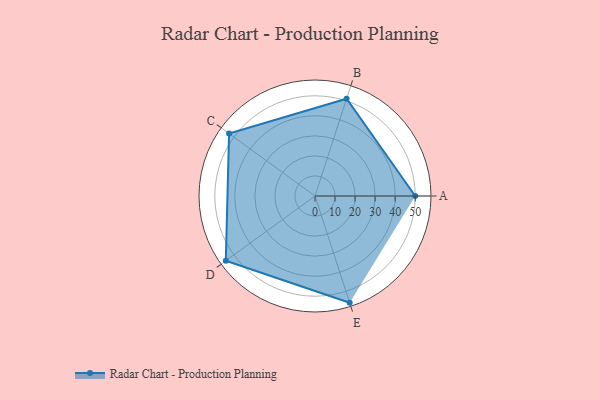
{"axis": {"x": "Skill", "y": "Score"}, "legend": ["Profile"], "data": [{"x": "A", "y": 50.0, "type": "Profile"}, {"x": "B", "y": 51.0, "type": "Profile"}, {"x": "C", "y": 53.0, "type": "Profile"}, {"x": "D", "y": 55.0, "type": "Profile"}, {"x": "E", "y": 56.0, "type": "Profile"}]}